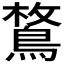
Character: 𪂜